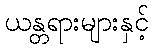
ယန္တရားများနှင့်